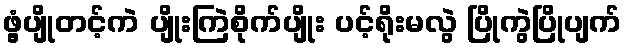
ဖွံ့ပျိုတင့်ကဲ ပျိုးကြဲစိုက်ပျိုး ပင့်ရိုးမလွဲ ပြိုကွဲပြိုပျက်